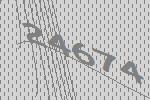
24674